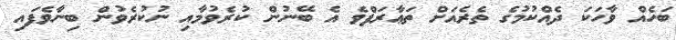
ބަހެއް ވާހަކަ ދެއްކުމުގެ ތެރެއަށް ތަޢާރަފްވެ އެ ބޭނުން ކުރެވުމާއި ނުކުރެވުން ބިނާވެފައި